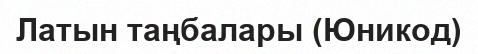
Латын таңбалары (Юникод)